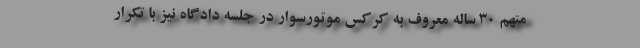
متهم ۳۰ ساله معروف به کرکس موتورسوار در جلسه دادگاه نیز با تکرار